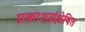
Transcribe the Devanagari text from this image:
प्रकाशसंश्लेषित